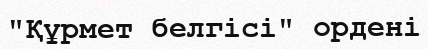
"Құрмет белгісі" ордені